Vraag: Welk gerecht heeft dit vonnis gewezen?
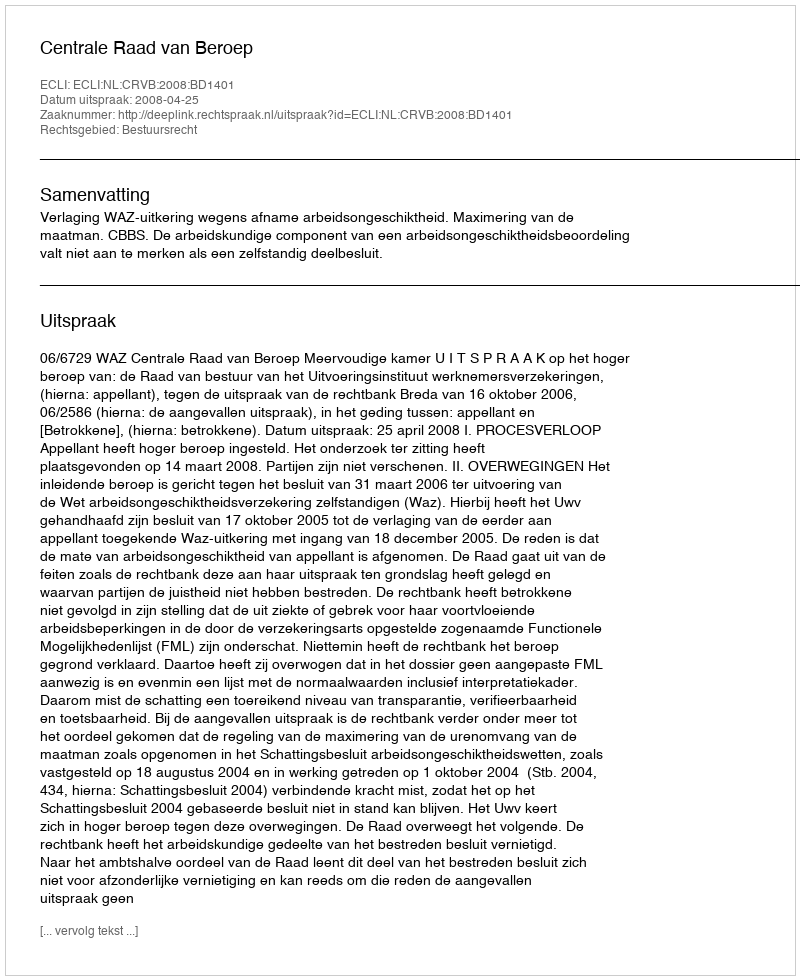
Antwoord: Centrale Raad van Beroep